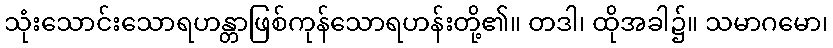
သုံးသောင်းသောရဟန္တာဖြစ်ကုန်သောရဟန်းတို့၏။ တဒါ၊ ထိုအခါ၌။ သမာဂမော၊